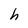
Character: h